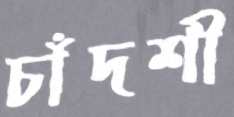
চাঁদশী